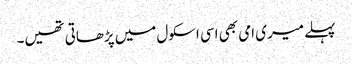
پہلے میری امی بھی اسی اسکول میں پڑھاتی تھیں۔